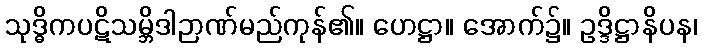
သုဒ္ဓိကပဋိသမ္ဘိဒါဉာဏ်မည်ကုန်၏။ ဟေဋ္ဌာ။ အောက်၌။ ဥဒ္ဒိဋ္ဌာနိပန၊